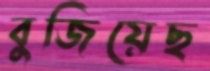
বুজিয়েছ